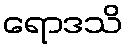
ရောဒသိ